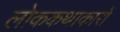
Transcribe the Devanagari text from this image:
लोककथाकारों